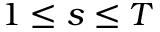
1 \leq s \leq T